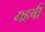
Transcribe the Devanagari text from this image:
महर्षी